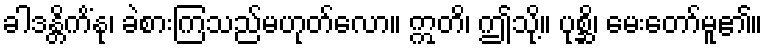
ခါဒန္တိကိံနု၊ ခဲစားကြသည်မဟုတ်လော။ ဣတိ၊ ဤသို့။ ပုစ္ဆိ၊ မေးတော်မူ၏။